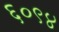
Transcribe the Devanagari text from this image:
६०९४